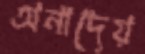
অনাদেয়